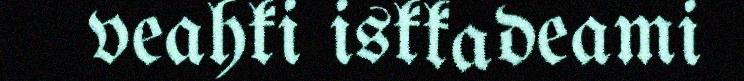
veahki iskkadeami